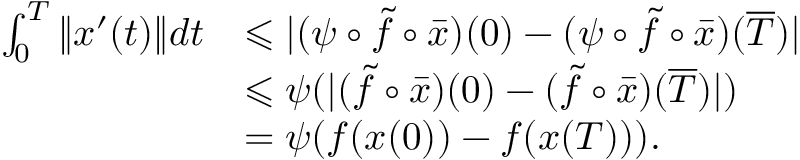
\begin{array} { r l } { \int _ { 0 } ^ { T } \| x ^ { \prime } ( t ) \| d t } & { \leqslant | ( \psi \circ \tilde { f } \circ \bar { x } ) ( 0 ) - ( \psi \circ \tilde { f } \circ \bar { x } ) ( \overline { { T } } ) | } \\ & { \leqslant \psi ( | ( \tilde { f } \circ \bar { x } ) ( 0 ) - ( \tilde { f } \circ \bar { x } ) ( \overline { { T } } ) | ) } \\ & { = \psi ( f ( x ( 0 ) ) - f ( x ( T ) ) ) . } \end{array}